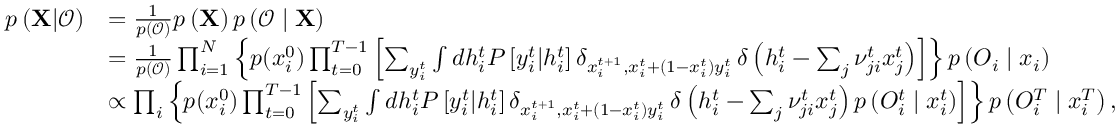
\begin{array} { r l } { p \left( { \bf X } | \boldsymbol { \mathcal { O } } \right) } & { = \frac { 1 } { p \left( \boldsymbol { \mathcal { O } } \right) } p \left( { \bf X } \right) p \left( \boldsymbol { \mathcal { O } } \mid \bf X \right) } \\ & { = \frac { 1 } { p \left( \boldsymbol { \mathcal { O } } \right) } \prod _ { i = 1 } ^ { N } \left\{ p ( x _ { i } ^ { 0 } ) \prod _ { t = 0 } ^ { T - 1 } \left[ \sum _ { y _ { i } ^ { t } } \int d h _ { i } ^ { t } P \left[ y _ { i } ^ { t } | h _ { i } ^ { t } \right] \delta _ { x _ { i } ^ { t + 1 } , x _ { i } ^ { t } + \left( 1 - x _ { i } ^ { t } \right) y _ { i } ^ { t } } \, \delta \left( h _ { i } ^ { t } - \sum _ { j } \nu _ { j i } ^ { t } x _ { j } ^ { t } \right) \right] \right\} p \left( \boldsymbol { O } _ { i } \mid \boldsymbol { x } _ { i } \right) } \\ & { \propto \prod _ { i } \left\{ p ( x _ { i } ^ { 0 } ) \prod _ { t = 0 } ^ { T - 1 } \left[ \sum _ { y _ { i } ^ { t } } \int d h _ { i } ^ { t } P \left[ y _ { i } ^ { t } | h _ { i } ^ { t } \right] \delta _ { x _ { i } ^ { t + 1 } , x _ { i } ^ { t } + \left( 1 - x _ { i } ^ { t } \right) y _ { i } ^ { t } } \, \delta \left( h _ { i } ^ { t } - \sum _ { j } \nu _ { j i } ^ { t } x _ { j } ^ { t } \right) p \left( { O } _ { i } ^ { t } \mid x _ { i } ^ { t } \right) \right] \right\} p \left( { O } _ { i } ^ { T } \mid x _ { i } ^ { T } \right) , } \end{array}